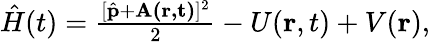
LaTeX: \begin{array}{r}{\hat{H}(t)=\frac{[\hat{\textbf{p}}+\textbf{A(\textbf{r},t)}]^{2}}{2}-U(\textbf{r},t)+V(\textbf{r}),}\end{array}